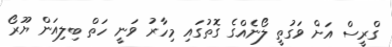
ގްރީސް އަށް ވަގުތީ ލޯނެއްގެ ގޮތުގައި މިހާރު ވަނީ ހަތް ބިލިއަން ޔޫރޯ